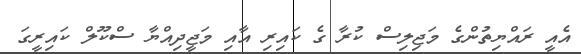
އެއީ ރައްޔިތުންގެ މަޖިލިސް ކުރާ ގެ ކައިރި އާއި މަޖީދިއްޔާ ސްކޫލް ކައިރީގަ